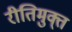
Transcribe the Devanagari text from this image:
रीतिमुक्त्